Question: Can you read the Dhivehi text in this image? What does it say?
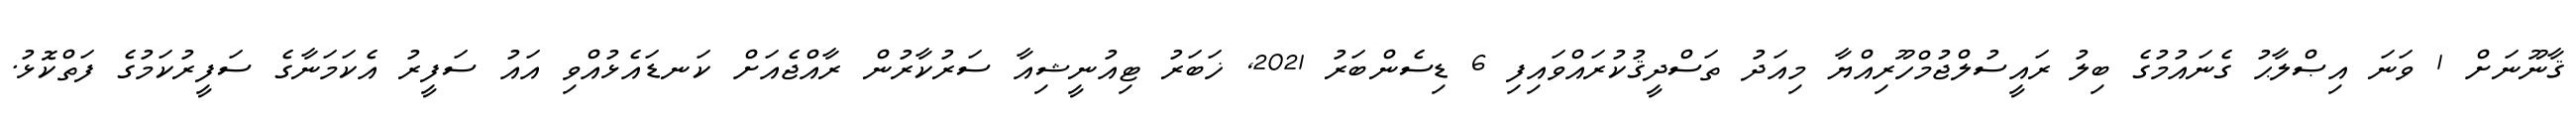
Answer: ޤާނޫނަށް 1 ވަނަ އިޞްލާޙު ގެނައުމުގެ ބިލު ރައީސުލްޖުމްހޫރިއްޔާ މިއަދު ތަސްދީޤުކުރައްވައިފި 6 ޑިސެންބަރު 2021, ޚަބަރު ޓިއުނީޝިއާ ސަރުކާރުން ރާއްޖެއަށް ކަނޑައެޅުއްވި އައު ސަފީރު އެކަމަނާގެ ސަފީރުކަމުގެ ފަތްކޮޅު.